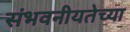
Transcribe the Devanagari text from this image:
संभवनीयतेच्या